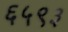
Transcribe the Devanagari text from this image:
६५९३